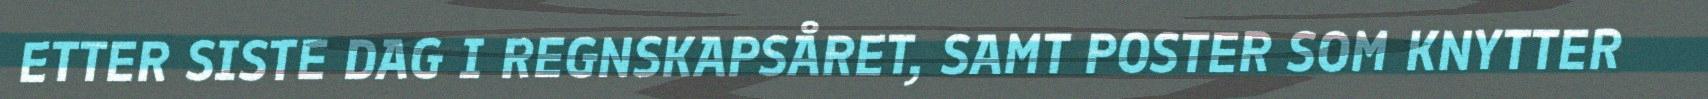
ETTER SISTE DAG I REGNSKAPSÅRET, SAMT POSTER SOM KNYTTER